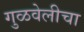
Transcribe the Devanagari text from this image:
गुळवेलीचा